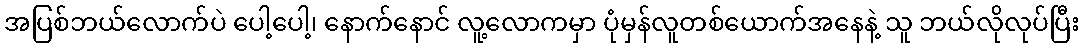
အပြစ်ဘယ်လောက်ပဲ ပေါ့ပေါ့၊ နောက်နောင် လူ့လောကမှာ ပုံမှန်လူတစ်ယောက်အနေနဲ့ သူ ဘယ်လိုလုပ်ပြီး